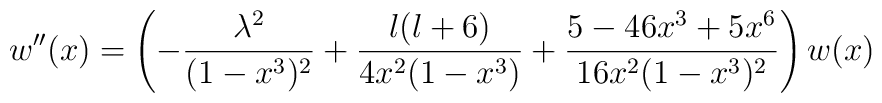
w''(x)  =  \left(  - \frac{\lambda^2}{(1-x^3)^2} + \frac{l(l+6)}{4 x^2 (1-x^3)}+\frac{5- 46 x^3 + 5 x^6}{16 x^2 (1-x^3)^2}\right) w(x)\,